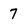
Character: 7